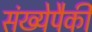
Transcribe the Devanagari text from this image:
संख्येपैकी